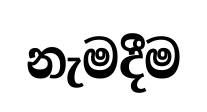
නැමදීම